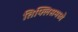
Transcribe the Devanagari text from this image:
तिफ्लिसमध्ये